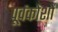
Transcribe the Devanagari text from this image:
पूर्वकोशों